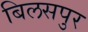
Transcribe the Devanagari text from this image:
बिलसपुर